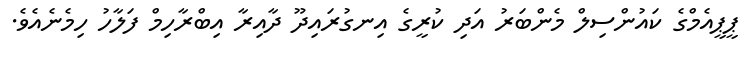
ޕީޕީއެމްގެ ކައުންސިލް މެންބަރު އަދި ކުރީގެ އިނގުރައިދޫ ދާއިރާ އިބްރާހިމް ފަލާހު ހިމެނެއެވެ.